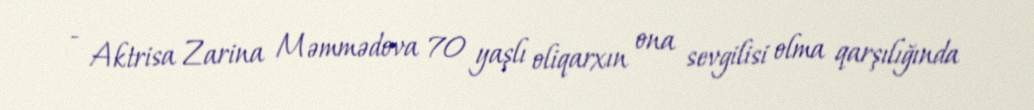
- Aktrisa Zarina Məmmədova 70 yaşlı oliqarxın ona sevgilisi olma qarşılığında